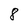
Character: 8